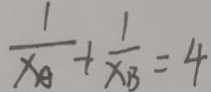
\frac { 1 } { x _ { A } } + \frac { 1 } { x _ { B } } = 4